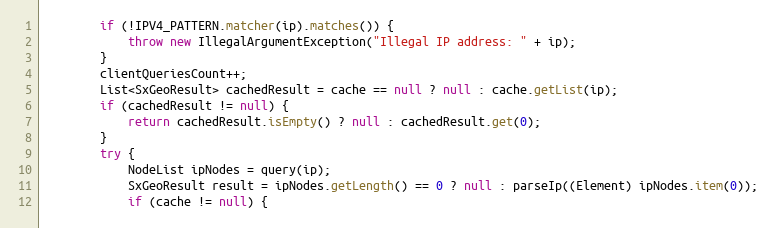
Language: Java
        if (!IPV4_PATTERN.matcher(ip).matches()) {
            throw new IllegalArgumentException("Illegal IP address: " + ip);
        }
        clientQueriesCount++;
        List<SxGeoResult> cachedResult = cache == null ? null : cache.getList(ip);
        if (cachedResult != null) {
            return cachedResult.isEmpty() ? null : cachedResult.get(0);
        }
        try {
            NodeList ipNodes = query(ip);
            SxGeoResult result = ipNodes.getLength() == 0 ? null : parseIp((Element) ipNodes.item(0));
            if (cache != null) {